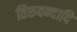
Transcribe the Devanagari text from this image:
तिरुवन्दादि